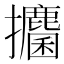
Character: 攟